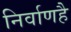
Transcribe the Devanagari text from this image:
निर्वाणहै